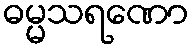
ဓမ္မသရဏော